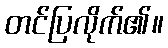
တင်ပြလိုက်၏။